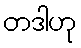
တဒါဟု